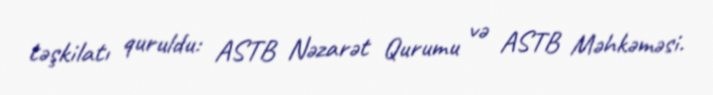
təşkilatı quruldu: ASTB Nəzarət Qurumu və ASTB Məhkəməsi.